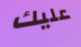
عليك